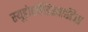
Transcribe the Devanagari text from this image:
स्यूडोएपेंडिसाइटिस